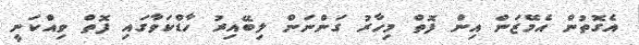
އެގޮތުން އެމޭޒަން އިން ފޮތް މިހާރު ގަންނަން ލިބޭއިރު ހާޑްކަވާގައި ފޮތް ވިއްކަނީ